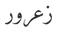
زعرور